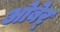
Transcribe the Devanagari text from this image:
ओबेर्